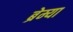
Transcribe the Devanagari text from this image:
ब्रेम्या